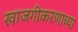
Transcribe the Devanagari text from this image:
खाजगीकरणाच्या